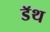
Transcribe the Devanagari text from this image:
डॅथ